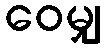
ဝေမျှ